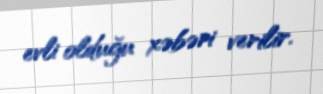
evli olduğu xəbəri verilir.